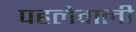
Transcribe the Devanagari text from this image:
पहलेवाली